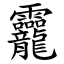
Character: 龗